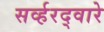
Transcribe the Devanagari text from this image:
सर्व्हरद्वारे